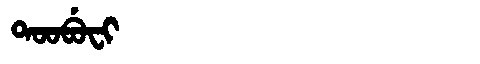
Manchu: ᡨᠣᠣᠪᡠᠸᡳ
Romanization: TOOBUFI